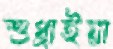
শুধ্‌রাইয়া